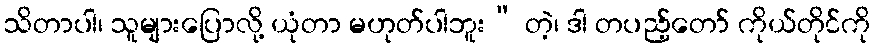
သိတာပါ၊ သူများပြောလို့ ယုံတာ မဟုတ်ပါဘူး” တဲ့၊ ဒါ တပည့်တော် ကိုယ်တိုင်ကို